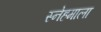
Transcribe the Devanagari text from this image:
स्नेहमाला